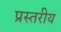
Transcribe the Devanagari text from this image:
प्रस्तरीय